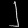
Digit: ၂